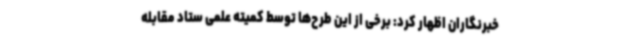
خبرنگاران اظهار کرد: برخی از این طرح‌ها توسط کمیته علمی ستاد مقابله